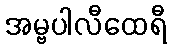
အမ္ဗပါလီထေရီ